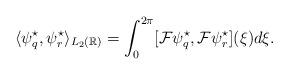
LaTeX: \begin{align*} \langle \psi_{q}^{\star} , \psi_{r}^{\star} \rangle_{L_{2}(\mathbb{R})} & = \int_{0}^{2 \pi} [ \mathcal{F} \psi_{q}^{\star} , \mathcal{F} \psi_{r}^{\star} ](\xi) d \xi .\end{align*}